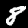
Digit: 8